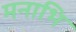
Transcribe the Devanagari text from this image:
मनाभि